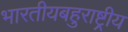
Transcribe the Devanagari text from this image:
भारतीयबहुराष्ट्रीय